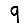
Digit: 9